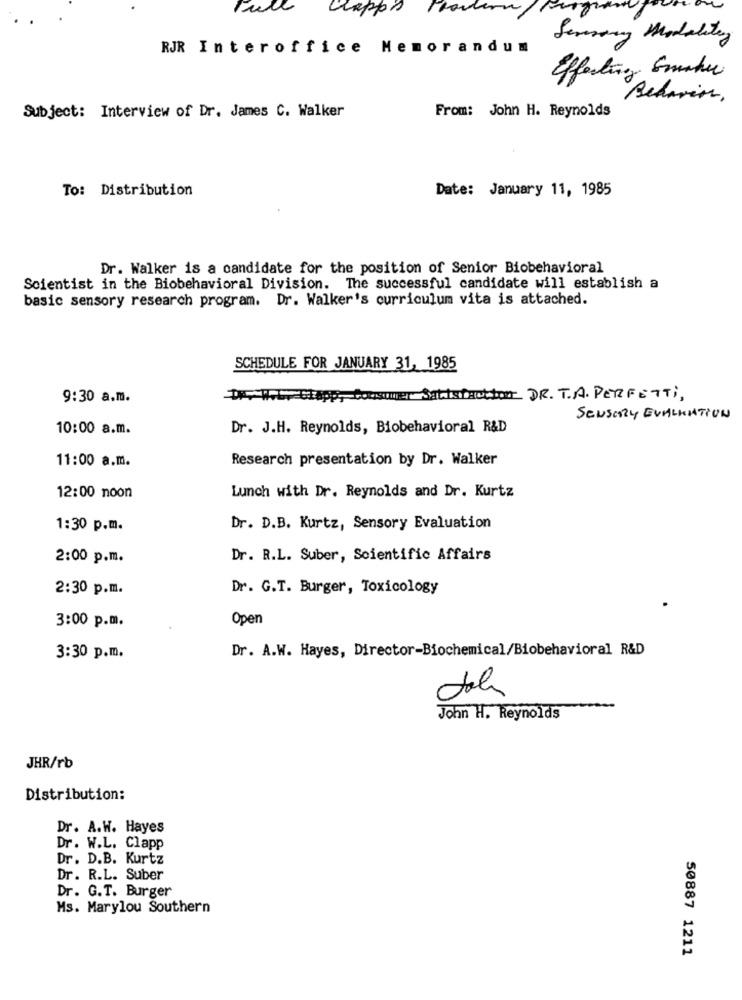
Capps Power
Sensory Modality
RJR Interoffice Memorandum
Effecting Smaku
Behavior,
Subject: Interview of Dr. James C. Walker
From: John H. Reynolds
To: Distribution
Date: January 11, 1985
Dr. Walker is a candidate for the position of Senior Biobehavioral
Scientist in the Biobehavioral Division. The successful candidate will establish a
basic sensory research program. Dr. Walker's curriculum vita is attached.
SCHEDULE FOR JANUARY 31, 1985
9:30 a.m.
Consumer Satisfaction DR.T.A. PERFETTI,
SENSORY EVALUATION
10:00 a.m.
Dr. J.H. Reynolds, Biobehavioral R&D
11:00 a.m.
Research presentation by Dr. Walker
Lunch with Dr. Reynolds and Dr. Kurtz
12:00 noon
1:30 p.m.
Dr. D.B. Kurtz, Sensory Evaluation
2:00 p.m.
Dr. R.L. Suber, Scientific Affairs
2:30 p.m.
Dr. G.T. Burger, Toxicology
Open
3:00 p.m.
Dr. A.W. Hayes, Director-Biochemical/Biobehavioral R&D
3:30 p.m.
John H. Reynolds
JHR/rb
Distribution:
Dr. A.W. Hayes
Dr. W.L. Clapp
Dr. D.B. Kurtz
Dr. R.L. Suber
Dr. G.T. Burger
Ms. Marylou Southern
50887 1211